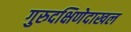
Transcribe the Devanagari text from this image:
गुरुदक्षिणेदाखल